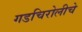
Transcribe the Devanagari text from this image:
गडचिरोलीचे